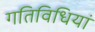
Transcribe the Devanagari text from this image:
गतिविधियां